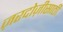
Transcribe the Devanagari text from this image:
ज़रदोज़ीसाठी